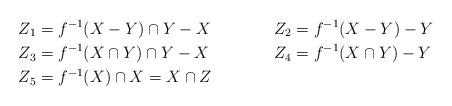
LaTeX: \begin{align*} Z_1 & = f^{-1}(X- Y) \cap Y- X & Z_2 & = f^{-1}(X- Y) - Y \\Z_3 & = f^{-1}(X\cap Y) \cap Y- X & Z_4 & = f^{-1}(X \cap Y) - Y \\Z_5 & = f^{-1}(X) \cap X = X \cap Z \end{align*}